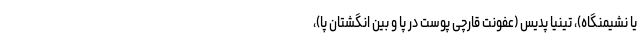
یا نشیمنگاه)، تینیا پدیس (عفونت قارچی پوست در پا و بین انگشتان پا)،